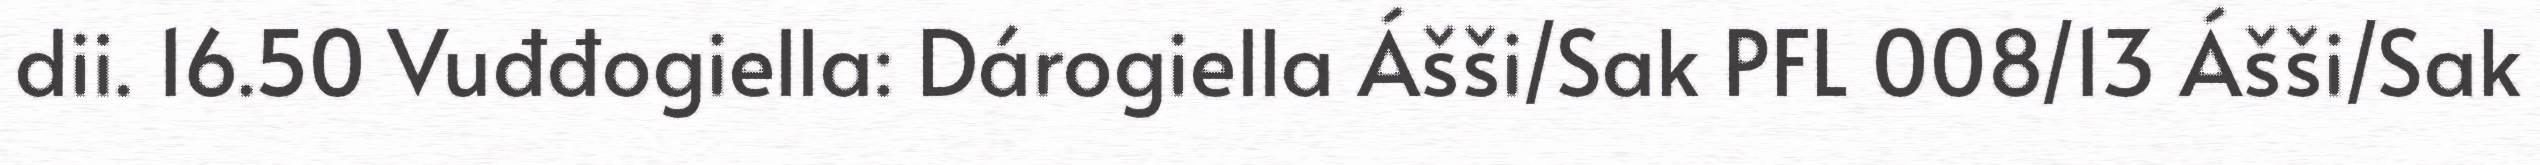
dii. 16.50 Vuđđogiella: Dárogiella Ášši/Sak PFL 008/13 Ášši/Sak